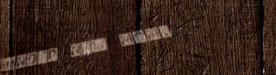
Under New Mgmt